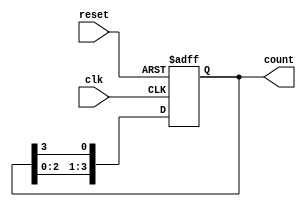
module async_ring_counter #(parameter N = 4) (
    input wire clk,          // Clock input
    input wire reset,        // Asynchronous reset
    output reg [N-1:0] count // Output count
);

// Initial state
initial begin
    count = 1'b1; // Start with the first flip-flop set to '1'
end

// Asynchronous reset and shifting logic
always @(posedge clk or posedge reset) begin
    if (reset) begin
        count <= 1'b1; // Reset to initial state
    end else begin
        count <= {count[N-2:0], count[N-1]}; // Shift left and wrap around
    end
end

endmodule